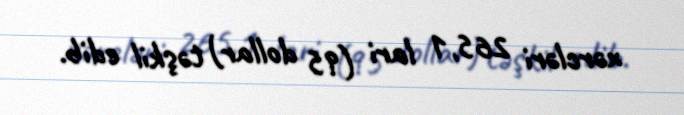
xərcləri 265,1 lari (95 dollar) təşkil edib.